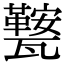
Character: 𭺧